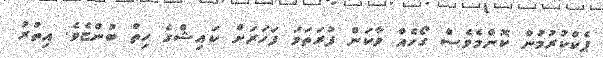
ޕެކްކުރުމުން ކޮންމެވެސް ގޯހެއް ވާކަން ފުރަތަމަ ފަހަރަށް ކައިޝްގެ ހިތް ބުންޏެވެ. އިތުރު